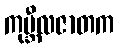
ကုမ္ဘီလဇာတက